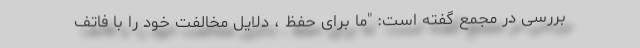
بررسی در مجمع گفته است: "ما برای حفظ ، دلایل مخالفت خود را با فاتف